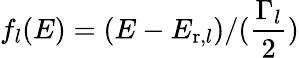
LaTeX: f_{l}(E)=(E-E_{\mathrm{r},l})/(\frac{\Gamma_{l}}{2})